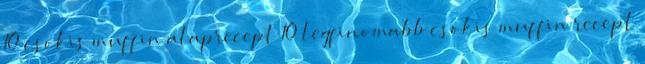
10 csokis muffin alaprecept 10 legfinomabb csokis muffin recept